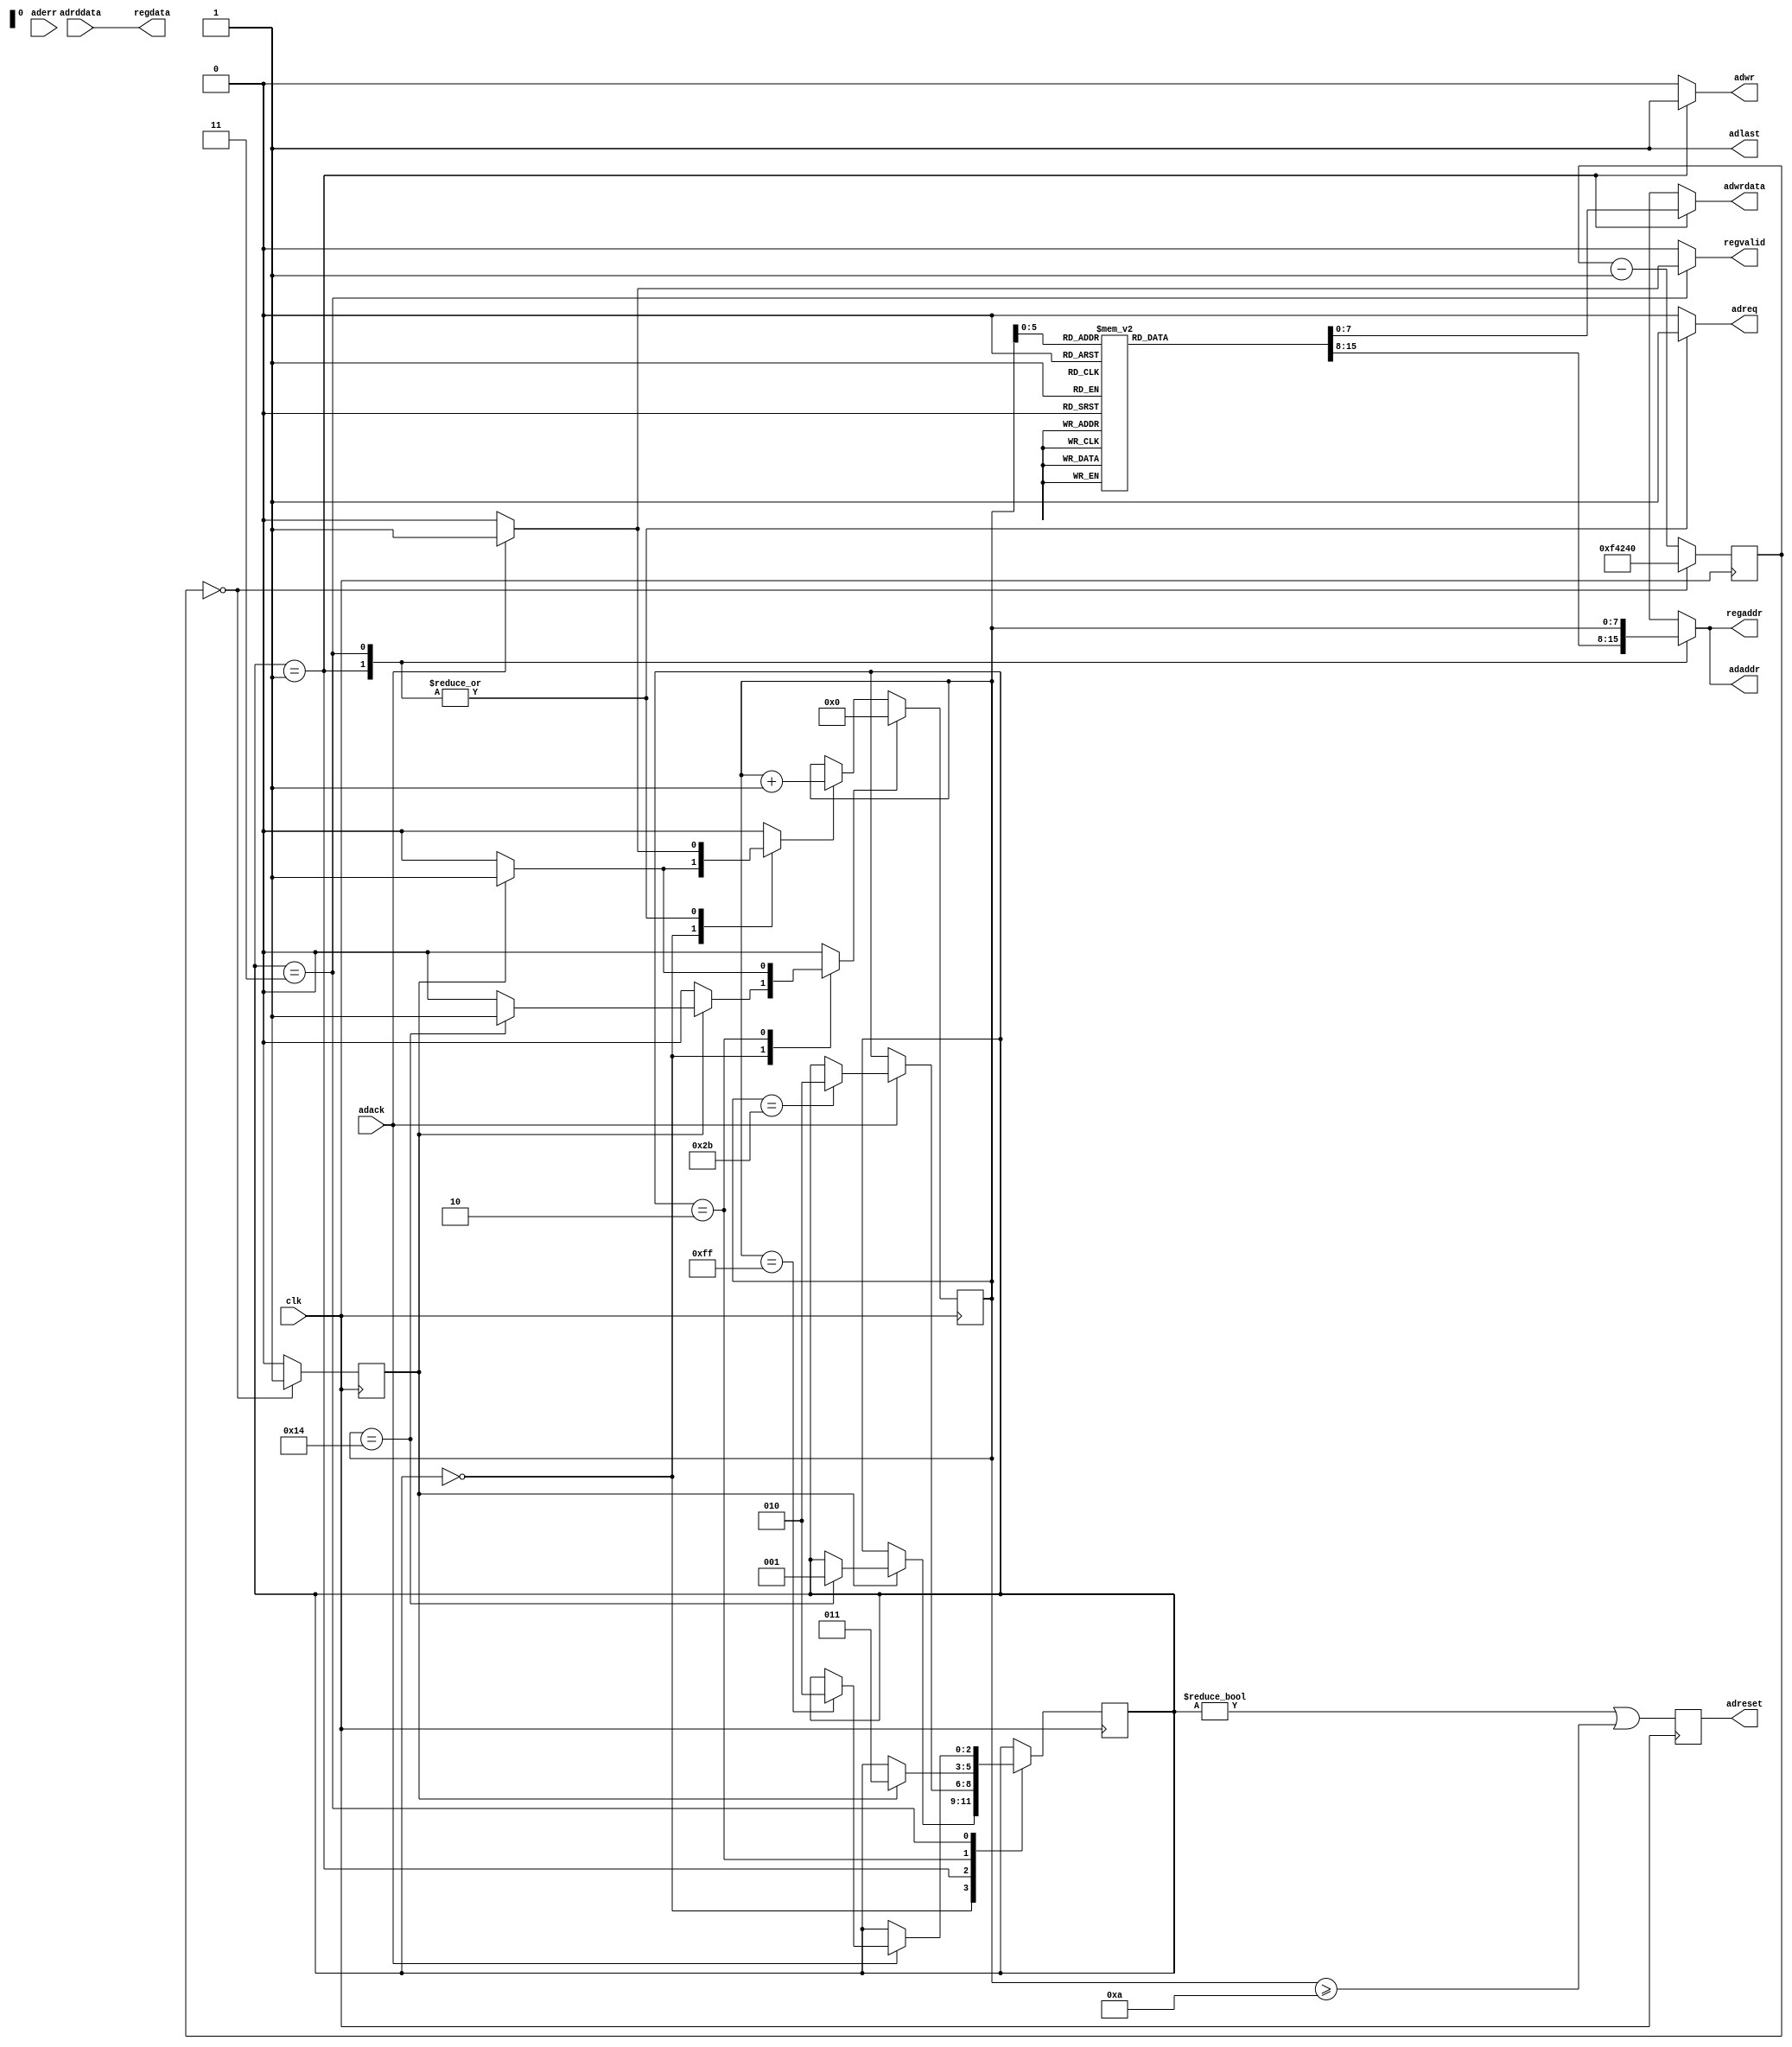
module ad(
	input wire clk,
	
	output reg [7:0] adaddr,
	output reg [7:0] adwrdata,
	output reg adreq,
	output reg adwr,
	output reg adlast,
	input wire [7:0] adrddata,
	input wire adack,
	input wire aderr,
	
	output wire [7:0] regaddr,
	output wire [7:0] regdata,
	output reg regvalid,
	
	output reg adreset
);
	localparam INITS = 43;

	reg [15:0] inits [0:INITS];
	initial begin
		inits[0] = 16'h0001;
		inits[1] = 16'h0300;
		inits[2] = 16'h0477;
		inits[3] = 16'h1741;
		inits[4] = 16'h1D47;
		inits[5] = 16'h3112;
		inits[6] = 16'h3A17;
		inits[7] = 16'h3B81;
		inits[8] = 16'h3DA2;
		inits[9] = 16'h3E6A;
		inits[10] = 16'h3FA0;
		inits[11] = 16'h860B;
		inits[12] = 16'hF301;
		inits[13] = 16'hF903;
		inits[14] = 16'h0E80;
		inits[15] = 16'h5246;
		inits[16] = 16'h5400;
		inits[17] = 16'h7FFF;
		inits[18] = 16'h8130;
		inits[19] = 16'h90C9;
		inits[20] = 16'h9140;
		inits[21] = 16'h923C;
		inits[22] = 16'h93CA;
		inits[23] = 16'h94D5;
		inits[24] = 16'hB1FF;
		inits[25] = 16'hB608;
		inits[26] = 16'hC09A;
		inits[27] = 16'hCF50;
		inits[28] = 16'hD04E;
		inits[29] = 16'hD1B9;
		inits[30] = 16'hD6DD;
		inits[31] = 16'hD7E2;
		inits[32] = 16'hE551;
		inits[33] = 16'hF63B;
		inits[34] = 16'h0E00;
		inits[35] = 16'h6903;
		inits[36] = 16'h0C52;
		inits[37] = 16'h0D88;
		inits[38] = 16'hC302;
		inits[39] = 16'hC480;
		inits[40] = 16'hED10;
		inits[41] = 16'h350c;
		inits[42] = 16'h363f;
		inits[43] = 16'hE610;
	end
	
	localparam HPDPERIOD = 1000000;
	reg [31:0] hpdtimer;
	reg hpdtick;
	always @(posedge clk) begin
		hpdtick <= 0;
		if(hpdtimer == 0) begin
			hpdtick <= 1;
			hpdtimer <= HPDPERIOD;
		end else
			hpdtimer <= hpdtimer - 1;
	end
	
	reg [7:0] ctr;
	reg incctr, clrctr, setact;
	always @(posedge clk) begin
		if(incctr)
			ctr <= ctr + 1;
		if(clrctr)
			ctr <= 0;
	end
	
	reg [2:0] state, state_;
	localparam WAIT = 0;
	localparam INIT = 1;
	localparam IDLE = 2;
	localparam CHECK = 3;
	
	initial begin
		state = WAIT;
		adreset = 0;
	end
	always @(posedge clk) begin
		state <= state_;
		adreset <= state != WAIT || ctr >= 10;
	end
	
	always @(*) begin
		state_ = state;
		adaddr = 8'bx;
		adwrdata = 8'bx;
		adreq = 0;
		adwr = 0;
		adlast = 1;
		incctr = 0;
		clrctr = 0;
		setact = 0;
		regvalid = 0;
		case(state)
		WAIT:
			if(hpdtick) begin
				incctr = 1;
				if(ctr == 20) begin
					state_ = INIT;
					clrctr = 1;
				end
			end
		INIT: begin
			adaddr = inits[ctr][15:8];
			adwrdata = inits[ctr][7:0];
			adwr = 1;
			adreq = 1;
			if(adack) begin
				incctr = 1;
				if(ctr == INITS)
					state_ = IDLE;
			end
		end
		IDLE:
			if(hpdtick) begin
				clrctr = 1;
				state_ = CHECK;
			end
		CHECK: begin
			adaddr = ctr;
			adlast = 1;//ctr == 255;
			adreq = 1;
			if(adack) begin
				regvalid = 1;
				incctr = 1;
				if(ctr == 255)
					state_ = IDLE;
			end
		end
		endcase
	end
	
	assign regaddr = adaddr;
	assign regdata = adrddata;
	
	initial begin
		ctr = 0;
		state = WAIT;
	end

endmodule